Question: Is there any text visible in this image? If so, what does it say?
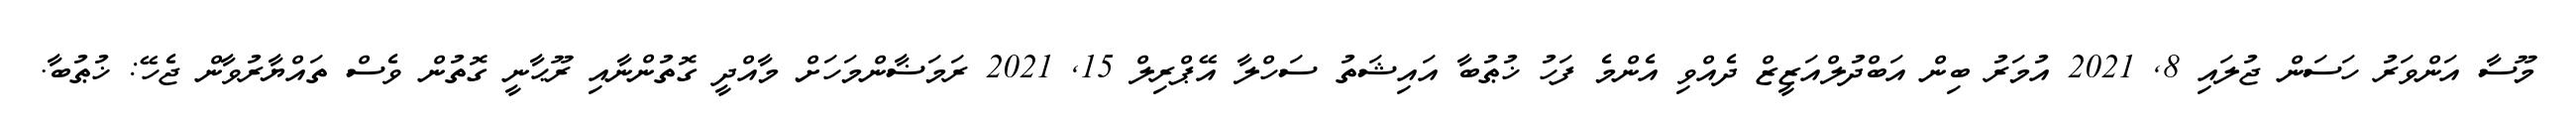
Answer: މޫސާ އަންވަރު ހަސަން ޖުލައި 8, 2021 އުމަރު ބިން އަބްދުލްއަޒީޒް ދެއްވި އެންމެ ފަހު ޚުޠުބާ އައިޝަތު ސަހްލާ އޭޕްރިލް 15, 2021 ރަމަޟާންމަހަށް މާއްދީ ގޮތުންނާއި ރޫޙާނީ ގޮތުން ވެސް ތައްޔާރުވާން ޖެހޭ: ޚުޠުބާ.